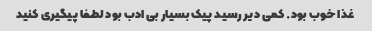
غذا خوب بود. کمی دیر رسید پیک بسیار بی ادب بود لطفا پیگیری کنید